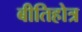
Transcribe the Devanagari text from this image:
बीतिहोत्र